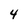
Character: 4